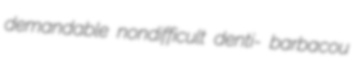
demandable nondifficult denti- barbacou